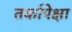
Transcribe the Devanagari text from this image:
तर्कापेक्षा